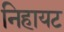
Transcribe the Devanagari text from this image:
निहायट